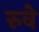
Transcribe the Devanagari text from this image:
रुवे